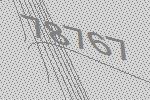
78767